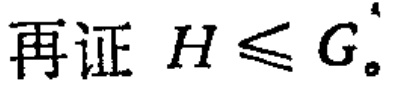
再证 \(H \leqslant G\)。